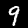
Label: 9